Lunatic asylums Central Provinces reports 1895-1909 - 1895-1909
Year: 1895
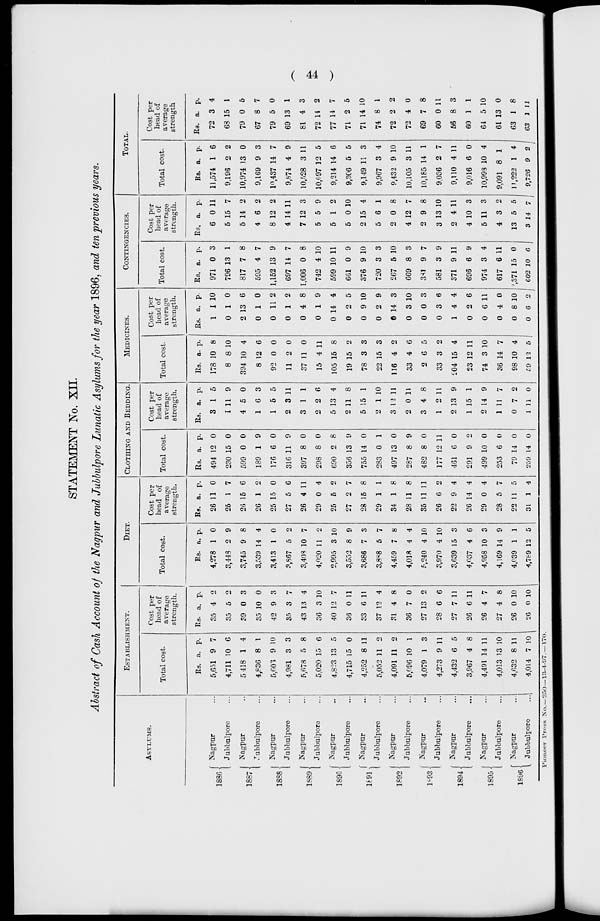
( 44 )
STATEMENT No. XII.
Abstract of Cash Account of the Nagpur and Jubbulpore Lunatic Asylums for the year 1896, and ten previous years.
ASYLUMS.
1886
1887
1888
1889
1890
1891
1892
1893
1894
1895
1896
Nagpur ...
Jubbulpore ...
Nagpur ...
Jubbulpore ...
Nagpur ...
Jubbulpore ...
Nagpur ...
Jubbulpore ...
Nagpur ...
Jubbulpore ...
Nagpur ...
Jubbulpore ...
Nagpur ...
Jubbulpore ...
Nagpur ...
Jubbulpore ...
Nagpur ...
Jubbulpore ...
Nagpur ...
Jubbulpore ...
Nagpur ...
Jubbulpore ...
ESTABLISHMENT.
Total cost.
Rs.
5,651
4,711
5 418
4,836
5,603
4,981
5,678
5,020
4,823
4,715
4,252
5,052
4,091
5,096
4,079
4,273
4,432
3,967
4,491
4,013
4,632
4,014
a.
9
10
1
8
9
3
5
15
13
15
8
11
11
10
1
9
6
4
14
13
8
7
p.
7
6
4
1
10
3
8
6
5
0
11
0
2
1
3
11
5
8
11
10
11
10
Cost per
head of
average
strength.
Rs.
35
35
39
35
42
35
43
36
40
36
33
37
31
36
27
28
27
26
26
27
26
26
a.
4
5
0
10
9
3
13
3
12
0
6
12
4
7
13
6
7
6
4
4
0
0
p.
2
2
3
0
3
7
4
10
7
11
11
4
8
0
2
6
11
11
7
8
10
10
DIET.
Total cost.
Rs.
4,278
3,448
3,745
3,539
3,413
3,867
3,408
4,020
2,995
3,552
3,686
3,888
4,459
4,018
5,240
3,970
3,639
4,037
4,958
a.
1
2
9
14
1
5
10
11
3
8
7
5
7
4
4
4
15
4
10
4,169 14
4,039
4,789
1
12
p.
0
9
8
4
0
2
7
2
10
9
3
7
8
4
10
10
3
6
3
9
1
5
Cost per
head of
average
strength.
Rs.
26
25
26
26
25
27
26
29
25
27
28
29
34
28
35
26
22
26
29
28
22
31
a.
11
1
15
1
15
5
4
0
5
2
15
1
1
11
11
6
9
14
0
5
11
1
p.
0
7
6
2
0
6
11
4
2
7
8
1
8
8
11
2
4
4
4
7
5
4
CLOTHING AND BEDDING.
Total cost.
Rs.
494
230
599
189
176
316
397
298
690
356
755
283
497
287
482
177
461
291
499
253
79
259
a.
12
15
0
1
6
11
8
8
2
13
14
0
13
8
8
12
6
9
10
6
14
14
p.
0
0
0
9
0
9
0
0
8
9
0
1
0
9
0
11
0
2
0
0
0
0
Cost per
head of
average
strength.
Rs.
3
1
4
1
1
2
3
2
5
2
5
2
3
2
3
1
2
1
2
1
0
1
a.
1
11
5
6
5
3
1
2
13
11
15
1
12
0
4
2
13
15
14
11
7
11
p.
5
9
0
3
5
11
1
6
4
8
1
10
11
11
8
11
9
1
9
7
2
0
MEDICINES.
Total cost.
Rs.
178
8
394
8
92
11
37
15
105
19
78
22
116
33
2
33
204
23
74
36
98
59
a.
10
8
10
12
0
2
11
4
15
15
3
15
4
4
6
3
15
12
3
14
10
12
p.
8
10
4
6
0
0
0
11
8
2
3
3
2
6
5
2
4
11
10
7
4
5
Cost per
head of
average
strength.
Rs.
1
0
2
0
0
0
0
0
0
0
0
0
0
0
0
0
1
0
0
0
0
0
a.
1
1
13
1
11
1
4
1
14
2
9
2
14
3
0
3
4
2
6
4
8
6
p.
10
0
6
0
2
2
8
9
4
5
10
9
3
10
3
6
4
6
11
0
10
2
CONTINGENCIES.
Total cost.
Rs.
971
796
817
595
1,152
697
1,006
742
599
661
376
720
267
669
381
581
371
696
974
617
2,371
602
a.
0
13
7
4
13
14
0
4
10
0
9
3
5
8
9
3
9
6
3
6
15
10
p.
3
1
8
7
9
7
8
10
11
9
10
3
10
3
7
9
11
9
4
11
0
6
Cost per
head of
average
strength.
Rs.
6
5
5
4
8
4
7
5
5
5
2
5
2
4
2
3
2
4
5
4
13
3
a.
0
15
14
6
12
14
12
5
1
0
15
6
0
12
9
13
4
10
11
3
5
14
p.
11
7
2
2
2
11
3
9
2
10
4
1
8
7
8
10
11
3
3
2
5
7
TOTAL.
Total cost.
Rs.
11,574
9,196
10,974
9,169
10,437
9,874
10,528
10,097
9,214
9,306
9,149
9,967
9,432
10,105
10,185
9,036
9,110
9,016
10,993
9,091
11,222
9,726
a.
1
2
13
9
14
4
3
12
14
5
11
3
9
3
14
2
4
6
10
8
1
9
p.
6
2
0
3
7
9
11
5
6
5
3
4
10
11
1
7
11
0
4
1
4
2
Cost per
head of
average
strength
Rs.
72
68
79
67
79
69
81
72
77
71
71
74
72
72
69
60
56
60
64
61
63
63
a.
3
15
0
8
5
13
4
14
14
2
14
8
2
4
7
0
8
1
5
13
1
1
p.
4
1
5
7
0
1
3
2
7
5
10
1
2
0
8
11
3
1
10
0
8
11
Pioneer Press No —250—13-4-97.— 170.